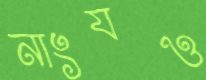
নাংযও